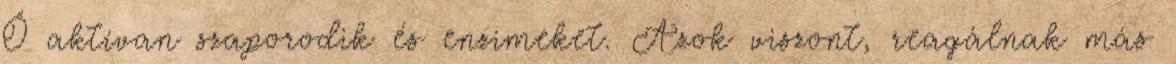
Ő aktívan szaporodik és enzimeket. Azok viszont, reagálnak más